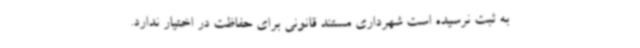
به ثبت نرسیده است شهرداری مستند قانونی برای حفاظت در اختیار ندارد.